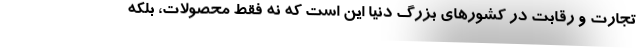
تجارت و رقابت در کشورهای بزرگ دنیا این است که نه فقط محصولات، بلکه